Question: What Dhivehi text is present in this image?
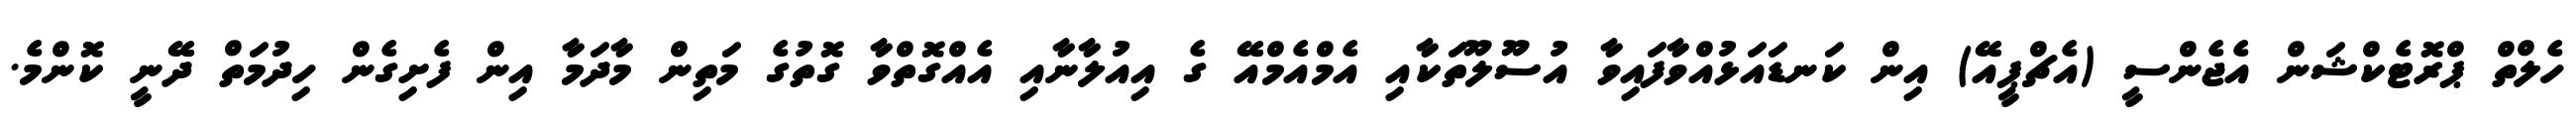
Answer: ހެލްތް ޕްރޮޓެކްޝަން އެޖެންސީ (އެޗްޕީއޭ) އިން ކަނޑައަޅުއްވާފައިވާ އުސޫލޫތަކާއި އެމްއެމްއޭ ގެ އިއުލާނާއި އެއްގޮތްވާ ގޮތުގެ މަތިން މާދަމާ އިން ފެށިގެން ހިދުމަތް ދޭނީ ކޮންމެ.